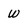
Character: W